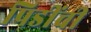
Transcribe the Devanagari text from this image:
पिडींची